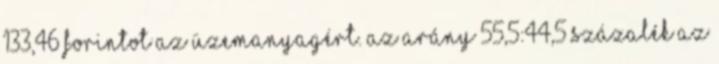
133,46 forintot az üzemanyagért. Az arány 55,5:44,5 százalék az